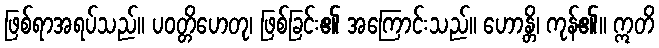
ဖြစ်ရာအရပ်သည်။ ပဝတ္တိဟေတု၊ ဖြစ်ခြင်း၏ အကြောင်းသည်။ ဟောန္တိ၊ ကုန်၏။ ဣတိ